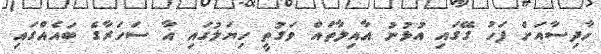
ހާދިސާއަށް ފަހު ގޭގައި އުޅުނު އާއިލާތައް ވަގުތީ ހިޔަލުގައި އާ ސަހަރާގެ ބައެއްގައި